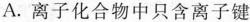
A. 离子化合物中只含离子键